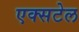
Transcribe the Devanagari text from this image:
एक्सटेल